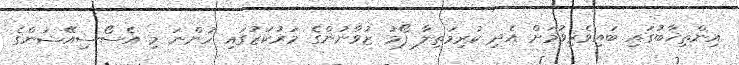
އިންތިޚާބުގައި ބައިވެރިވުމަށް އެދި ކުރިމަތިލާ ފޯމު ޒުވާނުންގެ މަރުކަޒުގައި ހުންނަ މި އެސޯސިއޭޝަންގެ